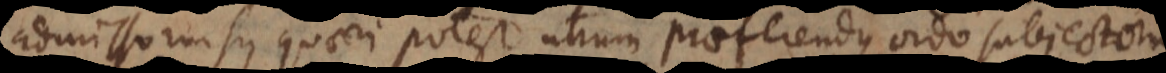
admisso, rursus quaeri potest utrum praeferendus ordo subjectorum